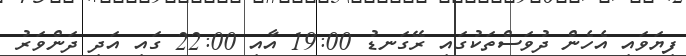
ފިޔަވައި އެހެން ދުވަސްތަކުގައި ރޭގަނޑު 19:00 އާއި 22:00 ގައި އަދި ދަންވަރު